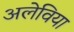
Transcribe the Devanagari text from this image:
अलेविया